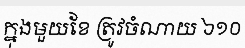
ក្នុងមួយខែ ត្រូវចំណាយ ៦១០